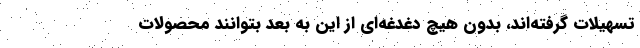
تسهیلات گرفته‌اند، بدون هیچ دغدغه‌ای از این به بعد بتوانند محصولات